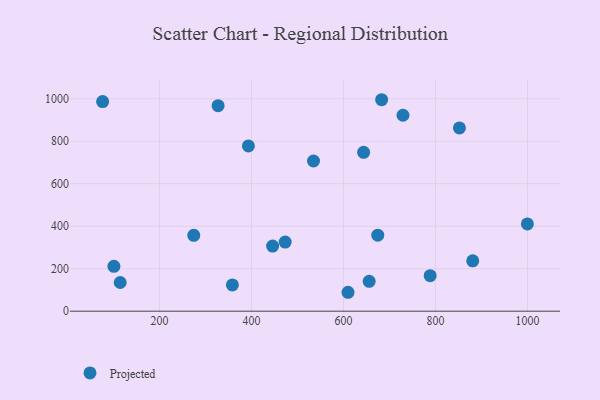
{"axis": {"x": "Experience", "y": "Sales"}, "legend": ["Projected"], "data": [{"x": "274.6", "y": 357.2, "type": "Projected"}, {"x": "446.0", "y": 306.4, "type": "Projected"}, {"x": "674.6", "y": 358.0, "type": "Projected"}, {"x": "76.5", "y": 987.1, "type": "Projected"}, {"x": "393.4", "y": 778.1, "type": "Projected"}, {"x": "643.8", "y": 748.0, "type": "Projected"}, {"x": "729.4", "y": 922.7, "type": "Projected"}, {"x": "473.3", "y": 325.3, "type": "Projected"}, {"x": "358.6", "y": 123.8, "type": "Projected"}, {"x": "101.0", "y": 211.4, "type": "Projected"}, {"x": "534.9", "y": 707.1, "type": "Projected"}, {"x": "609.9", "y": 89.1, "type": "Projected"}, {"x": "852.1", "y": 862.7, "type": "Projected"}, {"x": "999.8", "y": 410.8, "type": "Projected"}, {"x": "655.9", "y": 140.8, "type": "Projected"}, {"x": "683.0", "y": 995.7, "type": "Projected"}, {"x": "788.5", "y": 167.4, "type": "Projected"}, {"x": "327.5", "y": 967.5, "type": "Projected"}, {"x": "881.0", "y": 237.3, "type": "Projected"}, {"x": "114.7", "y": 135.1, "type": "Projected"}]}